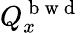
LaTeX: Q_{x}^{\mathrm{~b~w~d~}}